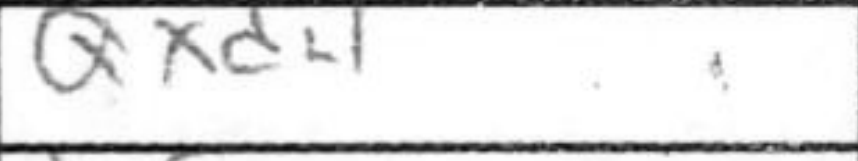
Transcription: Qxd4